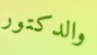
والدكتور